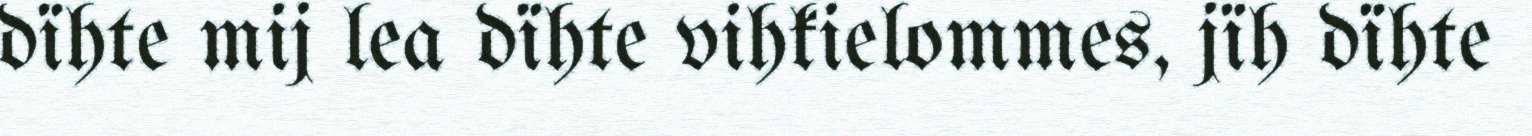
dïhte mij lea dïhte vihkielommes, jïh dïhte